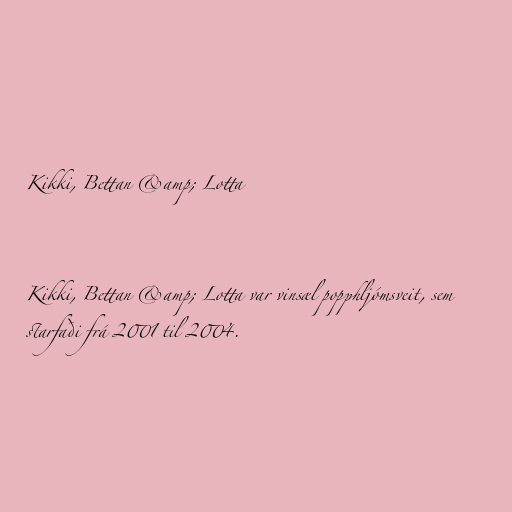
Kikki, Bettan &amp; Lotta

Kikki, Bettan &amp; Lotta var vinsæl popphljómsveit, sem
starfaði frá 2001 til 2004.